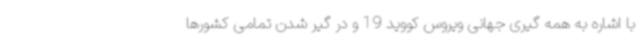
با اشاره به همه گیری جهانی ویروس کووید 19 و در گیر شدن تمامی کشورها